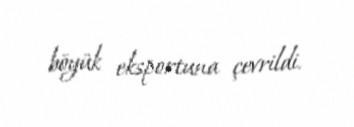
böyük eksportuna çevrildi.